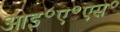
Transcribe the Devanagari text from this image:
आइ॰ए॰एस॰